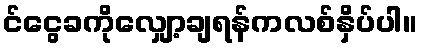
င်ငွေခကိုလျှော့ချရန်ကလစ်နှိပ်ပါ။